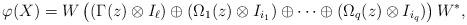
LaTeX: \begin{align*}\varphi(X)=W\left((\Gamma(z)\otimes I_\ell)\oplus(\Omega_1(z)\otimes I_{i_1})\oplus\cdots\oplus(\Omega_q(z)\otimes I_{i_q})\right)W^*,\end{align*}